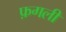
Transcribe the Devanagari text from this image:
फ़गली